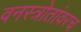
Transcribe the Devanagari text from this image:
वनस्त्रोतांवरच